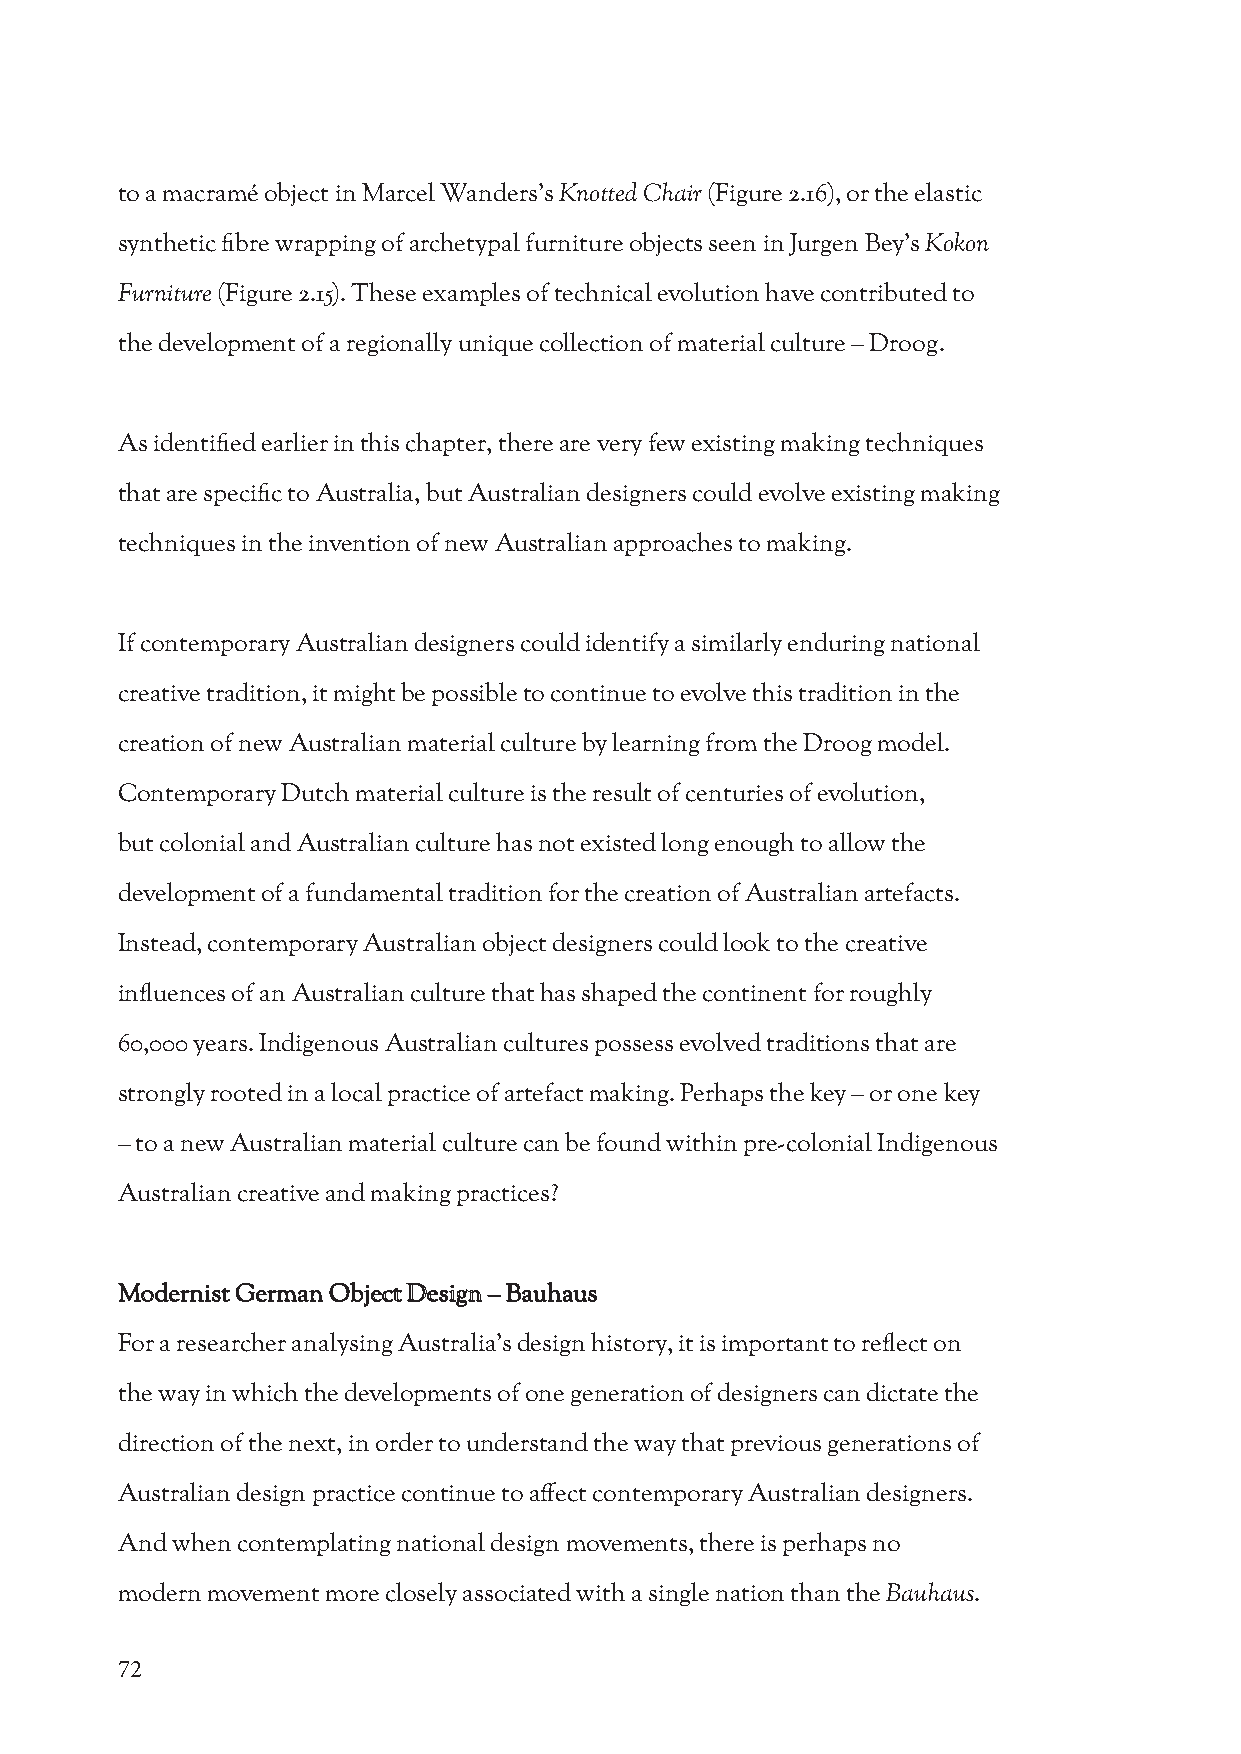
to a macramé object in Marcel Wanders’s Knotted Chair (Figure 2.16), or the elastic
 synthetic fibre wrapping of archetypal furniture objects seen in Jurgen Bey’s Kokon
 Furniture (Figure 2.15). These examples of technical evolution have contributed to
 the development of a regionally unique collection of material culture – Droog.
 As identified earlier in this chapter, there are very few existing making techniques
 that are specific to Australia, but Australian designers could evolve existing making
 techniques in the invention of new Australian approaches to making.
 If contemporary Australian designers could identify a similarly enduring national
 creative tradition, it might be possible to continue to evolve this tradition in the
 creation of new Australian material culture by learning from the Droog model.
 Contemporary Dutch material culture is the result of centuries of evolution,
 but colonial and Australian culture has not existed long enough to allow the
 development of a fundamental tradition for the creation of Australian artefacts.
 Instead, contemporary Australian object designers could look to the creative
 influences of an Australian culture that has shaped the continent for roughly
 60,000 years. Indigenous Australian cultures possess evolved traditions that are
 strongly rooted in a local practice of artefact making. Perhaps the key – or one key
 – to a new Australian material culture can be found within pre-colonial Indigenous
 Australian creative and making practices?
 Modernist German Object Design – Bauhaus
 For a researcher analysing Australia’s design history, it is important to reflect on
 the way in which the developments of one generation of designers can dictate the
 direction of the next, in order to understand the way that previous generations of
 Australian design practice continue to affect contemporary Australian designers.
 And when contemplating national design movements, there is perhaps no
 modern movement more closely associated with a single nation than the Bauhaus.
 72